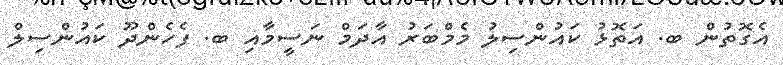
އެގޮތުން ބ. އަތޮޅު ކައުންސިލު މެމްބަރު އާދަމް ނަސީމާއި ބ. ފެހެންދޫ ކައުންސިލް